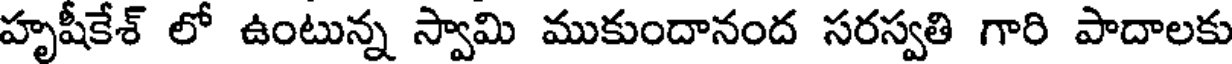
హృషీకేశ్ లో ఉంటున్న స్వామి ముకుందానంద సరస్వతి గారి పాదాలకు